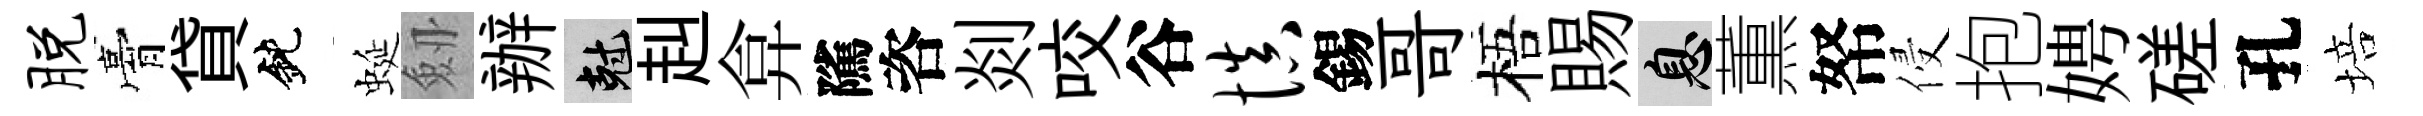
脱膏貸鈍蜒劔辦剋赳弇隲咨剡咬谷慎錫哥梧賜息薫帑侵抱娉磋孔培